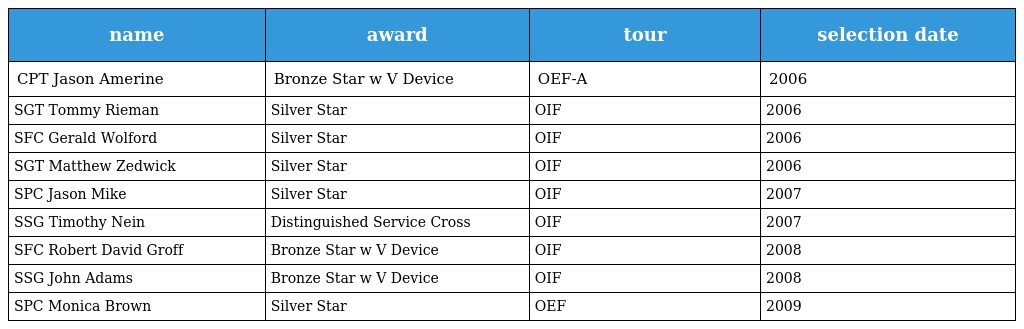
| name | award | tour | selection date |
 | --- | --- | --- | --- |
 | CPT Jason Amerine | Bronze Star w V Device | OEF-A | 2006 |
 | SGT Tommy Rieman | Silver Star | OIF | 2006 |
 | SFC Gerald Wolford | Silver Star | OIF | 2006 |
 | SGT Matthew Zedwick | Silver Star | OIF | 2006 |
 | SPC Jason Mike | Silver Star | OIF | 2007 |
 | SSG Timothy Nein | Distinguished Service Cross | OIF | 2007 |
 | SFC Robert David Groff | Bronze Star w V Device | OIF | 2008 |
 | SSG John Adams | Bronze Star w V Device | OIF | 2008 |
 | SPC Monica Brown | Silver Star | OEF | 2009 |